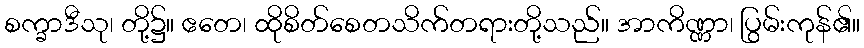
စက္ခာဒီသု၊ တို့၌။ ဧတေ၊ ထိုစိတ်စေတသိက်တရားတို့သည်။ အာကိဏ္ဏာ၊ ပြွမ်းကုန်၏။